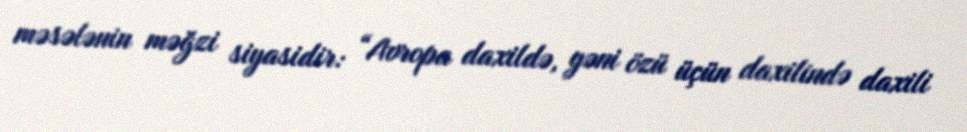
məsələnin məğzi siyasidir: “Avropa daxildə, yəni özü üçün daxilində daxili